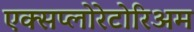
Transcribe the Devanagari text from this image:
एक्सप्लोरेटोरिअम